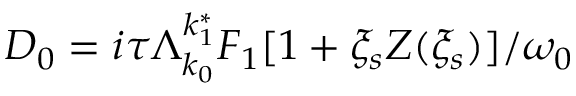
D _ { 0 } = i \tau \Lambda _ { k _ { 0 } } ^ { k _ { 1 } ^ { * } } F _ { 1 } [ 1 + \xi _ { s } Z ( \xi _ { s } ) ] / \omega _ { 0 }